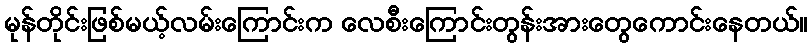
မုန်တိုင်းဖြစ်မယ့်လမ်းကြောင်းက လေစီးကြောင်းတွန်းအားတွေကောင်းနေတယ်။